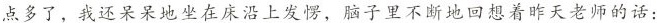
点多了，我还呆呆地坐在床沿上发愣，脑子里不断地回想着昨天老师的话：